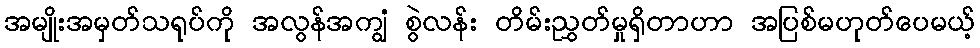
အမျိုးအမှတ်သရုပ်ကို အလွန်အကျွံ စွဲလန်း တိမ်းညွှတ်မှုရှိတာဟာ အပြစ်မဟုတ်ပေမယ့်